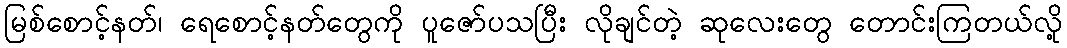
မြစ်စောင့်နတ်၊ ရေစောင့်နတ်တွေကို ပူဇော်ပသပြီး လိုချင်တဲ့ ဆုလေးတွေ တောင်းကြတယ်လို့